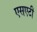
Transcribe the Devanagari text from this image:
एसएटी